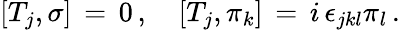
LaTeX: \left[T_{j},\sigma\right]\, =\, 0\, ,\quad\left[T_{j},\pi_{k}\right]\, =\, i\, \epsilon_{jkl}\pi_{l}\, .